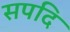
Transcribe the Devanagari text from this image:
सपदि